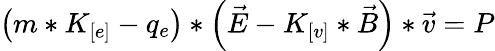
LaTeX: \left(m*K_{[e]}-q_{e}\right)*\left(\vec{E}-K_{[v]}*\vec{B}\right)*\vec{v}=P